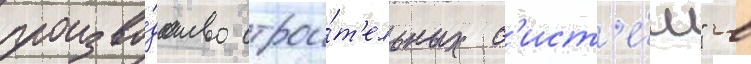
произво́дство строи́т'ельных с'ист'е́м" в